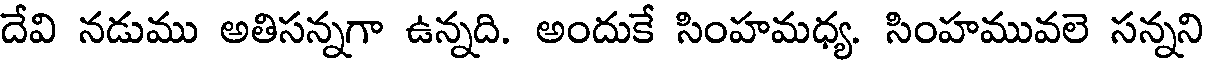
దేవి నడుము అతిసన్నగా ఉన్నది. అందుకే సింహమధ్య. సింహమువలె సన్నని